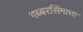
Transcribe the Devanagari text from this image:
गब्बरसिंगाचा